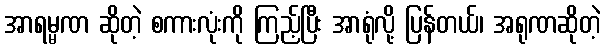
အာရမ္မဏ ဆိုတဲ့ စကားလုံးကို ကြည့်ပြီး အာရုံလို့ ပြန်တယ်၊ အရုဏဆိုတဲ့